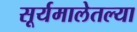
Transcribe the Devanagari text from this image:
सूर्यमालेतल्या